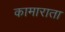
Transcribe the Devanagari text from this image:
कामाराता